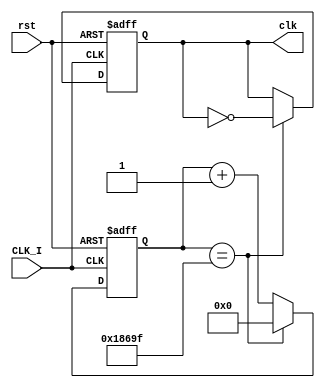
/**
*Module Name:				clk_div.v
*Project:					ToW
*								Connor Emery
*Date of Update:			27/11/2016                                              
*Version:           		1.0.0                                                      

*Purpose:        		   TODO
* 
* 
*Update Log:				v1.0.0
									- intial commit
*/


module clk_div(CLK_I,rst, clk );

// input port
input CLK_I,rst;
//outout port
output reg clk;

// counter size calculation according to input and output frequencies
parameter sys_clk = 100000000;	// 100 MHz clock input
parameter clk_out = 500;	// 500 Hz clock output
//parameter max = sys_clk / (2*clk_out); // max-counter size
parameter max = sys_clk / (2*clk_out); // max-counter size

reg [22:0]counter = 0; // 1-bit counter size

always@(posedge CLK_I or posedge rst) begin
	if(rst)
	begin
	   counter <= 0;
		clk <= 0;
	end
	else if (counter == max-1)
		begin
		counter <= 0;
		clk <= ~clk;
		end
	else
		begin
		counter <= counter + 1'd1;
		end
	end

endmodule